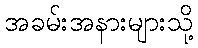
အခမ်းအနားများသို့